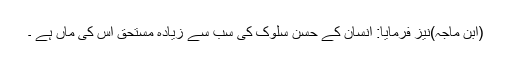
(ابن ماجہ)نیز فرمایا: انسان کے حسنِ سلوک کی سب سے زیادہ مستحق اس کی ماں ہے ۔